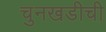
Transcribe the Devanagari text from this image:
चुनखडीची